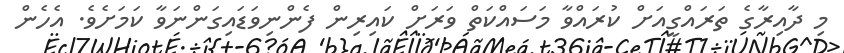
މި ދާއިރާގެ ތަރައްގީއަށް ކުރައްވާ މަސައްކަތް ވަރަށް ކައިރިން ފެންނިވަޑައިގަންނަވާ ކަމަށެވެ. އެހެން